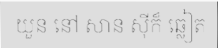
យួន នៅ សាន ស៊ីក៏ ឆ្លៀត